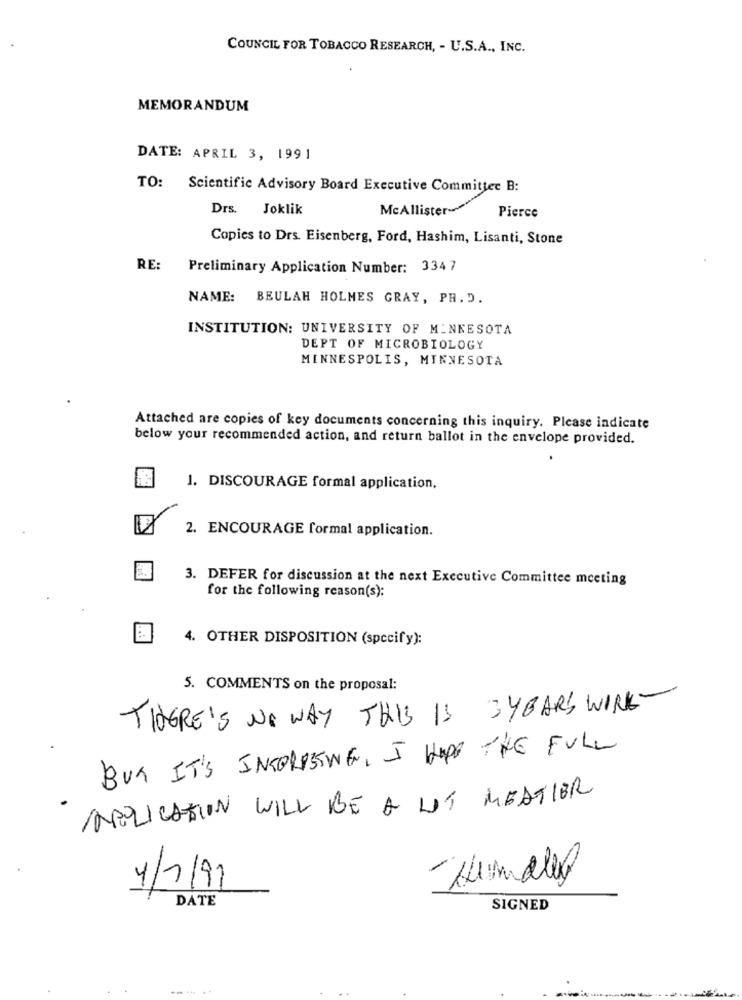
COUNCIL FOR TOBACCO RESEARCH, - U.S.A ., INC.
MEMORANDUM
DATE: APRIL 3, 1991
TO: Scientific Advisory Board Executive Committee B:
Drs. Joklik
McAllister-
Pierce
Copies to Drs. Eisenberg, Ford, Hashim, Lisanti, Stone
RE:
Preliminary Application Number: 3347
NAME: BEULAH HOLMES GRAY, PH. D.
INSTITUTION: UNIVERSITY OF MINNESOTA
DEPT OF MICROBIOLOGY
MINNESPOLIS, MINNESOTA
Attached are copies of key documents concerning this inquiry. Please indicate
below your recommended action, and return ballot in the envelope provided.
1. DISCOURAGE formal application,
2. ENCOURAGE formal application.
3. DEFER for discussion at the next Executive Committee meeting
for the following reason(s):
4. OTHER DISPOSITION (specify):
5. COMMENTS on the proposal:
THERE'S NO WAY THIS IS 3YEARS WIRK-
BUT IT'S INCORPSWE, I HOPE THE FULL
APPLICATION WILL BE A LOT MEATIER
4/7/91
DATE
SIGNED